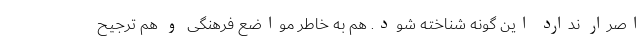
اصرار ندارد این گونه شناخته شود. هم به خاطر مواضع فرهنگی و هم ترجیح